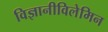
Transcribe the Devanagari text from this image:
विज्ञानीविलेमिन